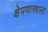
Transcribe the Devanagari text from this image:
क्षेपणास्त्राला